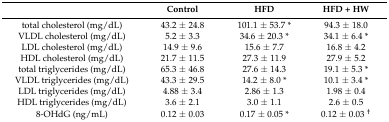
|  | Control | HFD | HFD + HW |
 | --- | --- | --- | --- |
 | total cholesterol (mg/dL) | 43.2 ± 24.8 | 101.1 ± 53.7 * | 94.3 ± 18.0 |
 | VLDL cholesterol (mg/dL) | 5.2 ± 3.3 | 34.6 ± 20.3 * | 34.1 ± 6.4 * |
 | LDL cholesterol (mg/dL) | 14.9 ± 9.6 | 15.6 ± 7.7 | 16.8 ± 4.2 |
 | HDL cholesterol (mg/dL) | 21.7 ± 11.5 | 27.3 ± 11.9 | 27.9 ± 5.2 |
 | total triglycerides (mg/dL) | 65.3 ± 46.8 | 27.6 ± 14.3 | 19.1 ± 5.3 * |
 | VLDL triglycerides (mg/dL) | 43.3 ± 29.5 | 14.2 ± 8.0 * | 10.1 ± 3.4 * |
 | LDL triglycerides (mg/dL) | 4.88 ± 3.4 | 2.86 ± 1.3 | 1.98 ± 0.4 |
 | HDL triglycerides (mg/dL) | 3.6 ± 2.1 | 3.0 ± 1.1 | 2.6 ± 0.5 |
 | 8-OHdG (ng/mL) | 0.12 ± 0.03 | 0.17 ± 0.05 * | 0.12 ± 0.03 † |